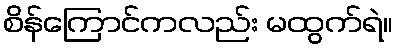
စိန်ကြောင်ကလည်း မထွက်ရဲ။